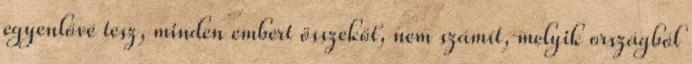
egyenlővé tesz, minden embert összeköt, nem számít, melyik országból